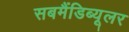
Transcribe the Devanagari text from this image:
सबमैंडिब्यूलर